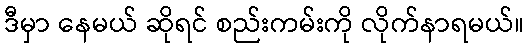
ဒီမှာ နေမယ် ဆိုရင် စည်းကမ်းကို လိုက်နာရမယ်။